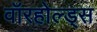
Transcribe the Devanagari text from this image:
वॉरहोल्ड्स